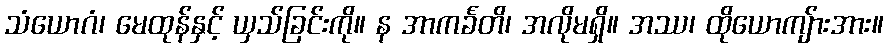
သံယောဂံ၊ မေထုန်နှင့် ယှသ်ခြင်းကို။ န အာကင်္ခတိ၊ အလိုမရှိ။ အဿ၊ ထိုယောကျ်ားအား။